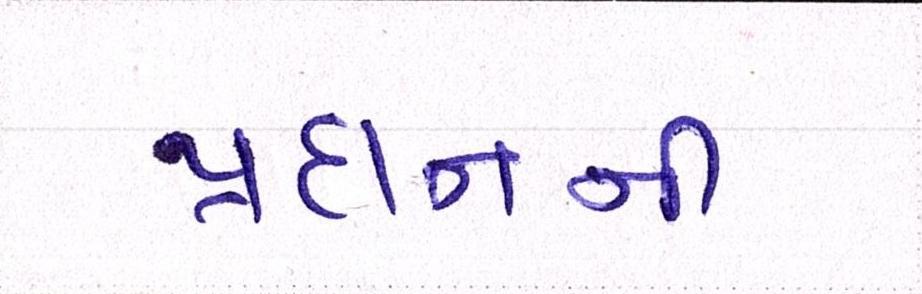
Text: પ્રદાનની